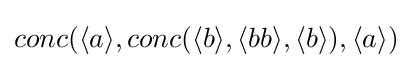
conc(\langle a\rangle ,conc(\langle b\rangle ,\langle bb\rangle ,\langle b\rangle ),\langle a\rangle )